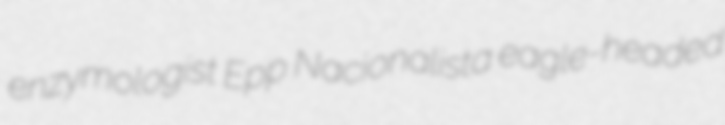
enzymologist Epp Nacionalista eagle-headed